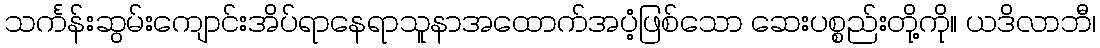
သင်္ကန်းဆွမ်းကျောင်းအိပ်ရာနေရာသူနာအထောက်အပံ့ဖြစ်သော ဆေးပစ္စည်းတို့ကို။ ယဒိလာဘီ၊